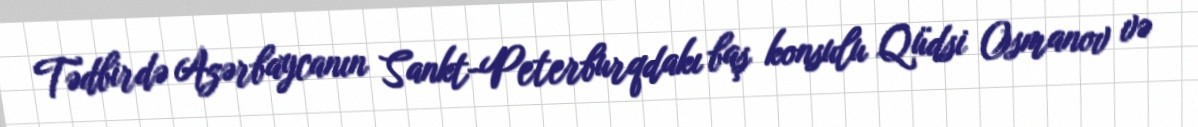
Tədbirdə Azərbaycanın Sankt-Peterburqdakı baş konsulu Qüdsi Osmanov və